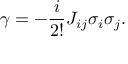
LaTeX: { \gamma } = - \frac { i } { 2 ! } { \cal J } _ { i j } { \sigma } _ { i } { \sigma } _ { j } .